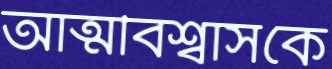
আত্মবিশ্বাসকে